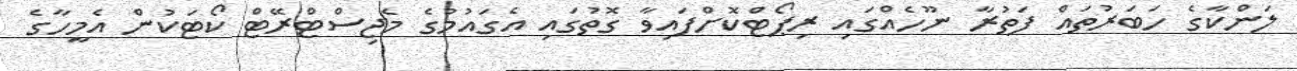
ލަންކާގެ ހަބަރުތައް ފަތުރާ ނޫހެއްގައި ރިޕޯޓްކޮށްފައިވާ ގޮތުގައި އެގައުމުގެ މެޖިސްޓްރޭޓް ކޯޓަކުން އެމީހާގެ